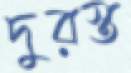
দুরস্ত